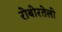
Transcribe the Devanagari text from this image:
रोबोरतेलो